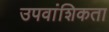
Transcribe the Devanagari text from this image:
उपवांशिकता